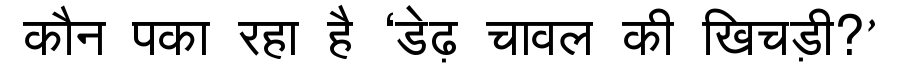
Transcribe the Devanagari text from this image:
कौन पका रहा है ‘डेढ़ चावल की खिचड़ी?’